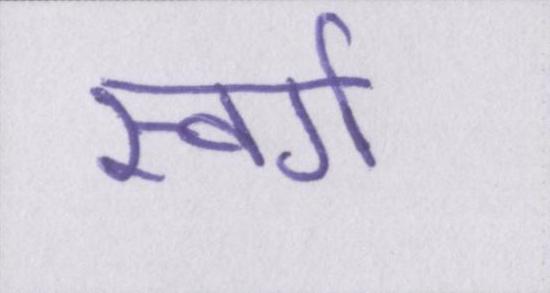
स्वर्ग